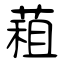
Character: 蒩